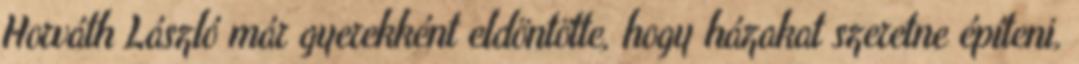
Horváth László már gyerekként eldöntötte, hogy házakat szeretne építeni,